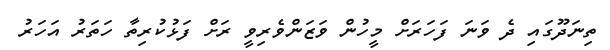
ތިނަދޫގައި ދެ ވަނަ ފަހަރަށް މީހުން ވަޒަންވެރިވީ ރަށް ފަޅުކުރިތާ ހަތަރު އަހަރު